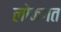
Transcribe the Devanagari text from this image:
लोकगत